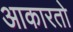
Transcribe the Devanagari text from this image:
आकारतो